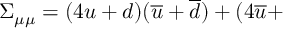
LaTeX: \Sigma _ { \mu \mu } = ( 4 u + d ) ( \overline { { { u } } } + \overline { { { d } } } ) + ( 4 \overline { { { u } } } +